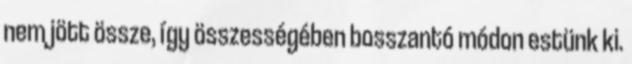
nem jött össze, így összességében bosszantó módon estünk ki.